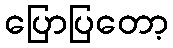
ပြောပြတော့